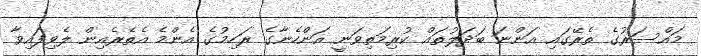
މައްސަރުގެ ތެރޭގައި އަންނަ ބަދަލުތައް ކުރިމަތިވަނީ އަންހެނާގެ ރަހިމުގެ އެންމެ އެތެރެއިން ލެވިފައިވާ